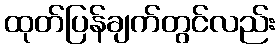
ထုတ်ပြန်ချက်တွင်လည်း